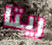
ريتا